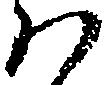
ハ